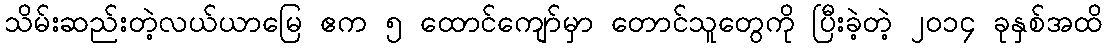
သိမ်းဆည်းတဲ့လယ်ယာမြေ ဧက ၅ ထောင်ကျော်မှာ တောင်သူတွေကို ပြီးခဲ့တဲ့ ၂၀၁၄ ခုနှစ်အထိ